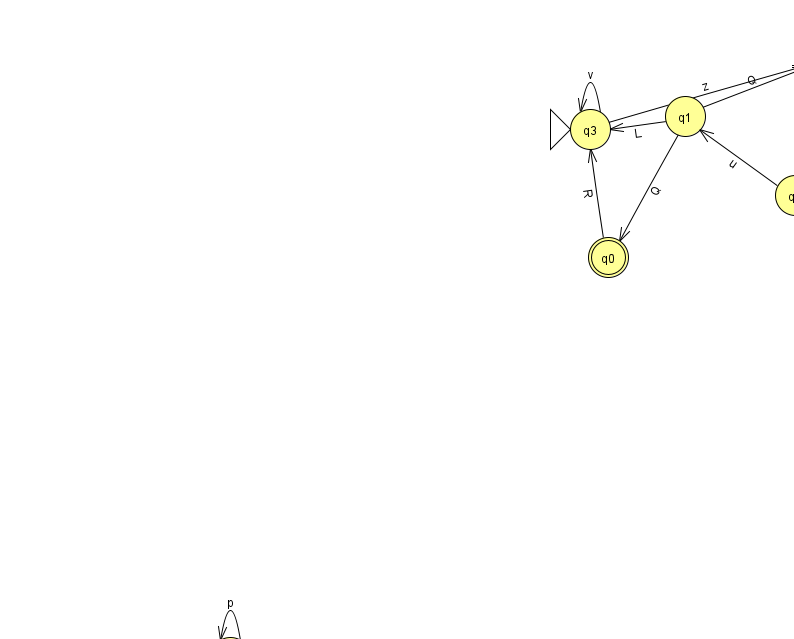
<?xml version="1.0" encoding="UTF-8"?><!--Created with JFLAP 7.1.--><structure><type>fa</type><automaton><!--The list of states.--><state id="0" name="q0"><x>608.0</x><y>244.0</y><final/></state><state id="1" name="q1"><x>685.0</x><y>103.0</y></state><state id="2" name="q2"><x>795.0</x><y>182.0</y></state><state id="3" name="q3"><x>590.0</x><y>116.0</y><initial/></state><state id="4" name="q4"><x>230.0</x><y>644.0</y><final/></state><state id="5" name="q5"><x>825.0</x><y>50.0</y></state><!--The list of transitions.--><transition><from>4</from><to>4</to><read>p</read></transition><transition><from>1</from><to>5</to><read>Q</read></transition><transition><from>2</from><to>1</to><read>u</read></transition><transition><from>1</from><to>3</to><read>L</read></transition><transition><from>3</from><to>5</to><read>z</read></transition><transition><from>3</from><to>3</to><read>v</read></transition><transition><from>1</from><to>0</to><read>Q</read></transition><transition><from>0</from><to>3</to><read>R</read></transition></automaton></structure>